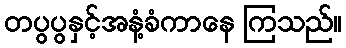
တပွပွနှင့်အနံ့ခံကာနေ ကြသည်။